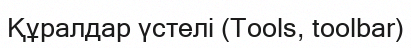
Құралдар үстелі (Tools, toolbar)